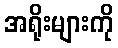
အရိုးများကို